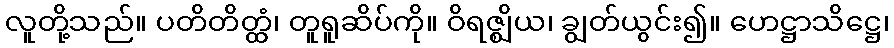
လူတို့သည်။ ပတိတိတ္ထံ၊ တူရူဆိပ်ကို။ ဝိရဇ္ဈိယ၊ ချွတ်ယွင်း၍။ ဟေဋ္ဌာသိဋ္ဌေ၊